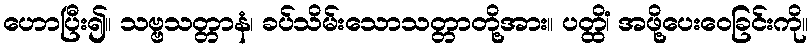
ဟောပြီး၍။ သဗ္ဗသတ္တာနံ၊ ခပ်သိမ်းသောသတ္တာတို့အား။ ပတ္ထိံ၊ အဖို့ပေးဝေခြင်းကို။